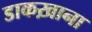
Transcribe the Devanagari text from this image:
डाकख़ाना